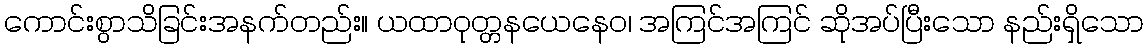
ကောင်းစွာသိခြင်းအနက်တည်း။ ယထာဝုတ္တနယေနေဝ၊ အကြင်အကြင် ဆိုအပ်ပြီးသော နည်းရှိသော